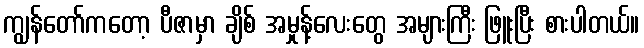
ကျွန်တော်ကတော့ ပီဇာမှာ ချိစ် အမှုန့်လေးတွေ အများကြီး ဖြူးပြီး စားပါတယ်။